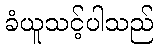
ခံယူသင့်ပါသည်